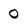
Character: 0